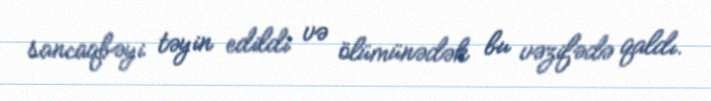
sancaqbəyi təyin edildi və ölümünədək bu vəzifədə qaldı.